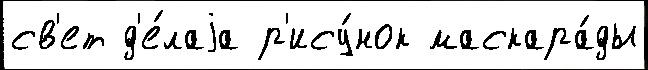
св'ет д'е́лаjа р'ису́нок маскара́ды